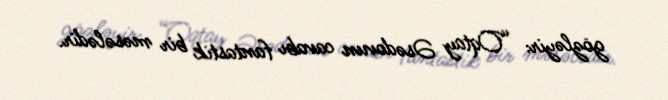
gözləyir: “Oqtay Əsədovun cavabı fantastik bir məsələdir.